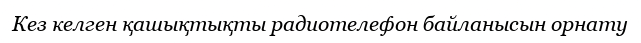
Кез келген қашықтықты радиотелефон байланысын орнату